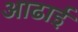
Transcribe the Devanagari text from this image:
आढाई